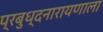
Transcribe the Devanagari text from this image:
प्रबुध्दनारायणाला